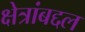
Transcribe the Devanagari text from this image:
क्षेत्रांबद्दल